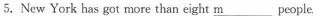
5. New York has got more than eight \underline{m}___peopie.